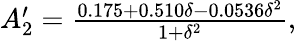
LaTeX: \begin{array}{r}{A_{2}^{\prime}=\frac{0.175+0.510\delta-0.0536\delta^{2}}{1+\delta^{2}},}\end{array}